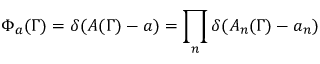
\Phi _ { a } ( \Gamma ) = \delta ( A ( \Gamma ) - a ) = \prod _ { n } \delta ( A _ { n } ( \Gamma ) - a _ { n } )